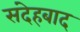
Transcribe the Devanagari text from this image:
संदेहबाद